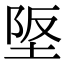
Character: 𡋴